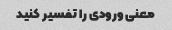
معنی ورودی را تفسیر کنید